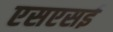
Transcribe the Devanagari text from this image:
एसएसई